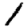
Digit: 1